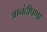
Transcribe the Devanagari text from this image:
आनंदीपणा